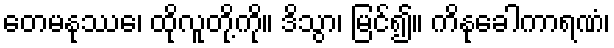
တေမနုဿေ၊ ထိုလူတို့ကို။ ဒိသွာ၊ မြင်၍။ ကိနုခေါကာရဏံ၊